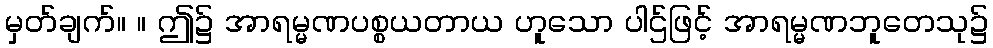
မှတ်ချက်။ ။ ဤ၌ အာရမ္မဏပစ္စယတာယ ဟူသော ပါဌ်ဖြင့် အာရမ္မဏဘူတေသု၌